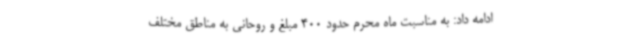
ادامه داد: به مناسبت ماه محرم حدود 400 مبلغ و روحانی به مناطق مختلف